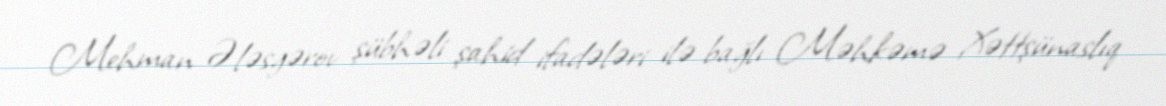
Mehman Ələsgərov şübhəli şahid ifadələri ilə bağlı Məhkəmə Xəttşünaslıq